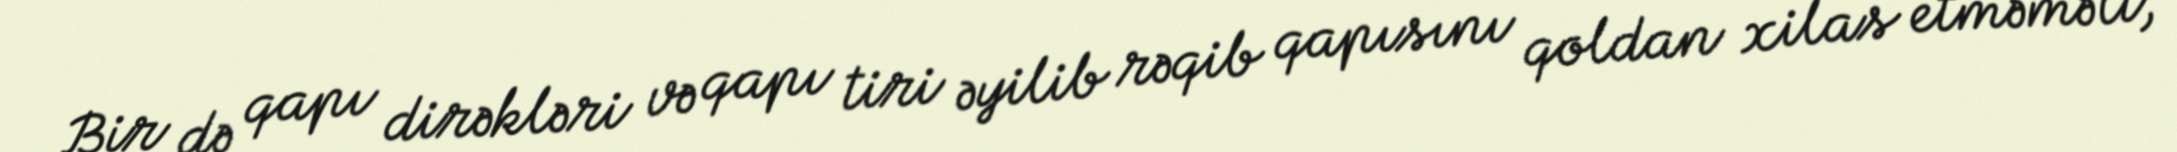
Bir də qapı dirəkləri və qapı tiri əyilib rəqib qapısını qoldan xilas etməməli,